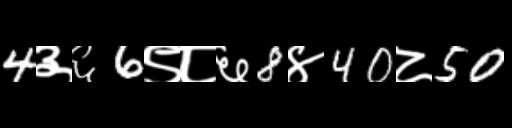
Text: 4३६6९८६8४40८50